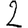
Digit: 2